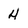
Character: 4